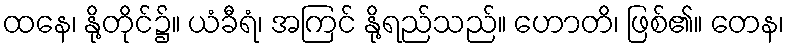
ထနေ၊ နို့တိုင်၌။ ယံခီရံ၊ အကြင် နို့ရည်သည်။ ဟောတိ၊ ဖြစ်၏။ တေန၊